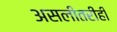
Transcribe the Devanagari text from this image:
असलीतरीही